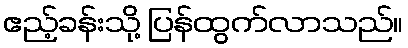
ဧည့်ခန်းသို့ ပြန်ထွက်လာသည်။